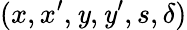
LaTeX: (x,x^{\prime},\mathit{y},\mathit{y}^{\prime},s,\delta)